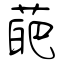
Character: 葩